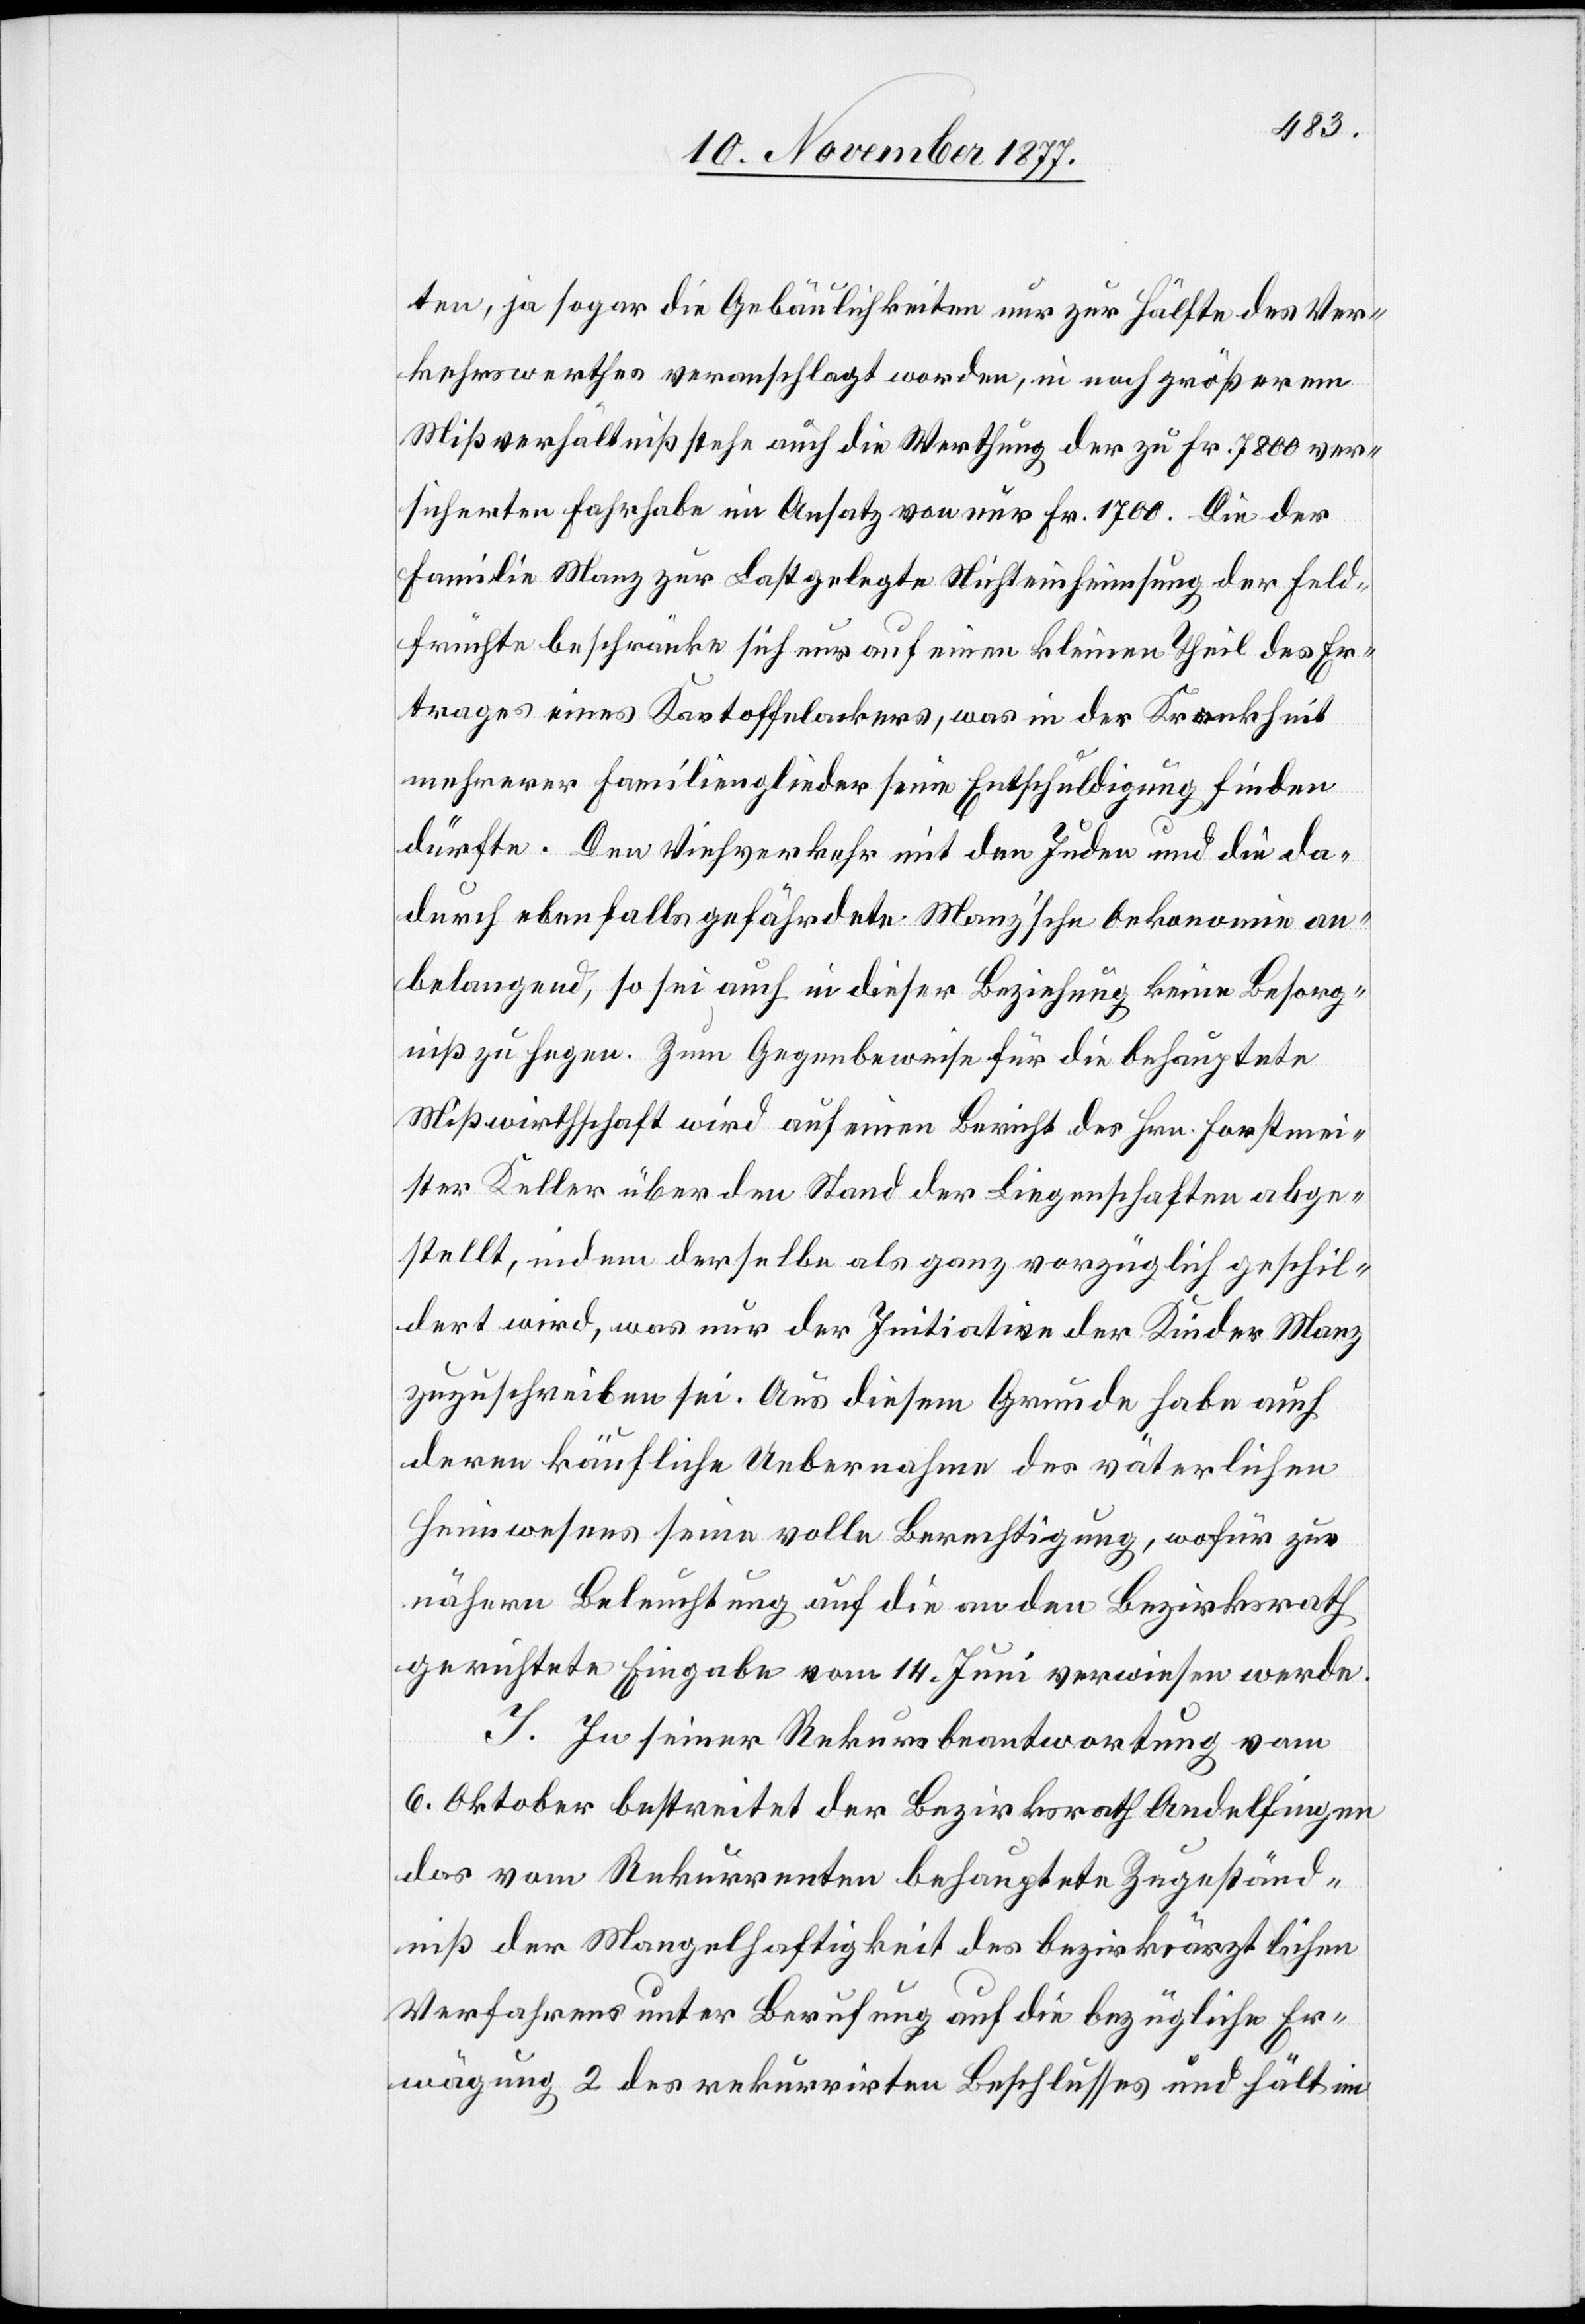
ten, ja sogar die Gebäulichkeiten nur zur Hälfte des Ver¬
kehrswerthes veranschlagt worden, in noch größerem
Mißverhältniß stehe auch die Werthung der zu Fr. 7800 ver¬
sicherten Fahrhabe im Ansatz von nur Fr. 1700. Die der
Familie Manz zur Last gelegte Nichteinheimsung der Feld¬
früchte beschränke sich nur auf einen kleinen Theil des Er¬
trages eines Kartoffelackers, was in der Krankheit
mehrerer Familienglieder seine Entschuldigung finden
dürfte. Den Viehverkehr mit den Juden und die da¬
durch ebenfalls gefährdete Manz’sche Oekonomie an¬
belangend, so sei auch in dieser Beziehung keine Besorg¬
niß zu hegen. Zum Gegenbeweise für die behauptete
Mißwirthschaft wird auf einen Bericht des Hrn. Forstmei¬
ster Keller über den Stand der Liegenschaften abge¬
stellt, indem derselbe als ganz vorzüglich geschil¬
dert wird, was nur der Initiative der Kinder Manz
zuzuschreiben sei. Aus diesem Grunde habe auch
deren käufliche Uebernahme des väterlichen
Heimwesens seine volle Berechtigung, wofür zur
nähern Beleuchtung auf die an den Bezirksrath
gerichtete Eingabe vom 14. Juni verwiesen werde.
J. In seiner Rekursbeantwortung vom
6. Oktober bestreitet der Bezirksrath Andelfingen
das vom Rekurrenten behauptete Zugeständ¬
niß der Mangelhaftigkeit des bezirksärztlichen
Verfahrens unter Berufung auf die bezügliche Er¬
wägung 2 des rekurrirten Beschlusses und hält im